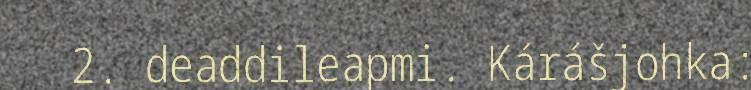
2. deaddileapmi. Kárášjohka: